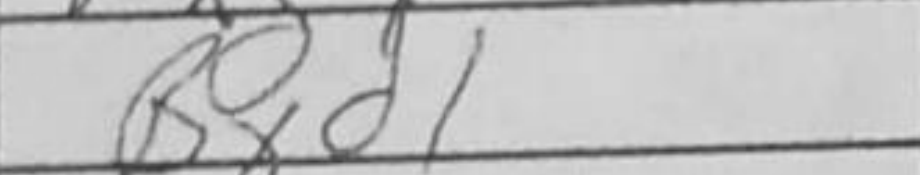
Transcription: Bxd1